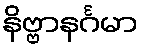
နိဗ္ဗာနင်္ဂမာ